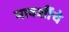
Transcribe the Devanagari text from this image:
मावशींचे